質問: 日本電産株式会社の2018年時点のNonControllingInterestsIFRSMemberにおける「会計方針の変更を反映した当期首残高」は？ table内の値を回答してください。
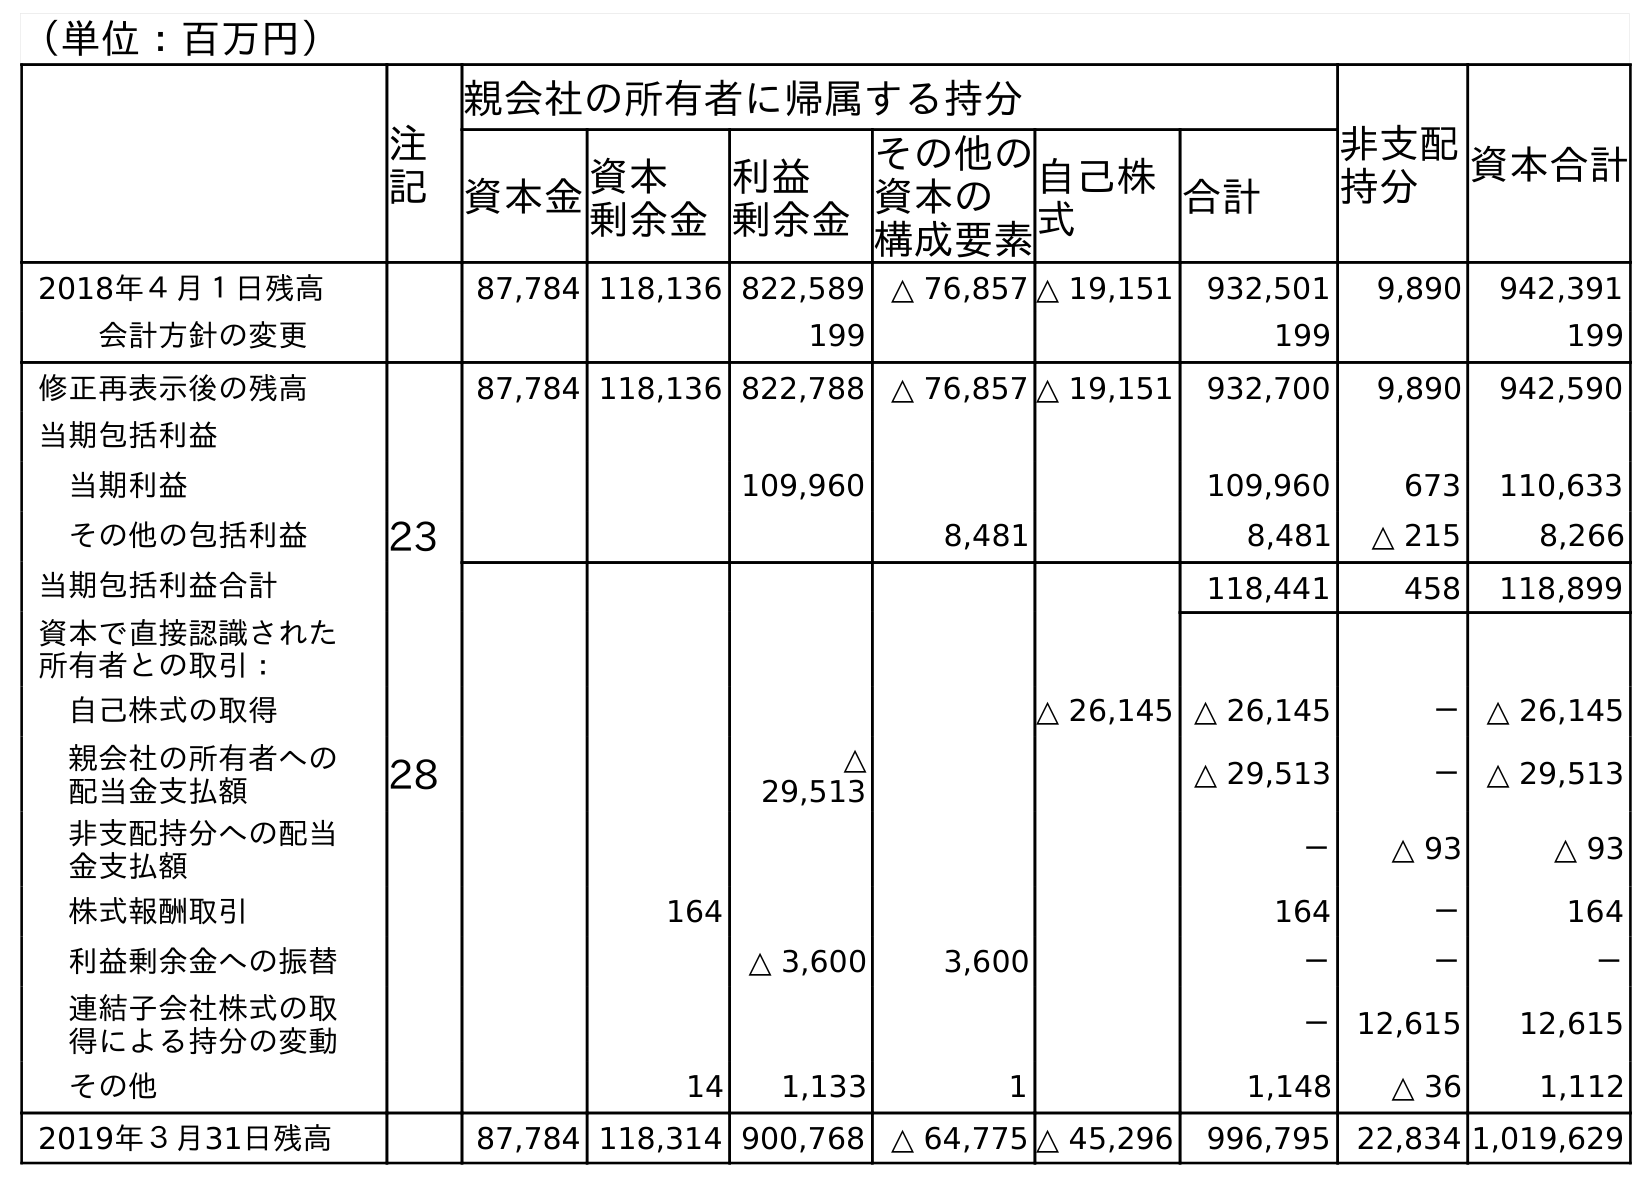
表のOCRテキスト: （単位：百万円） 注 記 親会社の所有者に帰属する持分 非支配 持分 資本合計 資本金資本 剰余金 利益 剰余金 その他の 資本の 構成要素 自己株 式 合計 2018年４月１日残高 87,784 118,136 822,589 △ 76,857 △ 19,151 932,501 9,890 942,391 会計方針の変更 199 199 199 修正再表示後の残高 87,784 118,136 822,788 △ 76,857 △ 19,151 932,700 9,890 942,590 当期包括利益 当期利益 109,960 109,960 673 110,633 その他の包括利益 23 8,481 8,481 △ 215 8,266 当期包括利益合計 118,441 458 118,899 資本で直接認識された 所有者との取引： 自己株式の取得 △ 26,145 △ 26,145 － △ 26,145 親会社の所有者への 配当金支払額 28 △ 29,513 △ 29,513 － △ 29,513 非支配持分への配当 金支払額 － △ 93 △ 93 株式報酬取引 164 164 － 164 利益剰余金への振替 △ 3,600 3,600 － － － 連結子会社株式の取 得による持分の変動 － 12,615 12,615 その他 14 1,133 1 1,148 △ 36 1,112 2019年３月31日残高 87,784 118,314 900,768 △ 64,775 △ 45,296 996,795 22,834 1,019,629
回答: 9,890